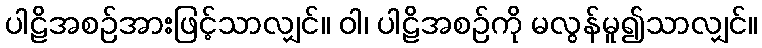
ပါဠိအစဉ်အားဖြင့်သာလျှင်။ ဝါ၊ ပါဠိအစဉ်ကို မလွန်မူ၍သာလျှင်။